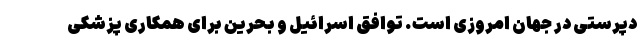
دپرستی در جهان امروزی است. توافق اسرائیل و بحرین برای همکاری‌ پزشکی